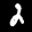
Label: 2